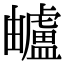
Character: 𧈕